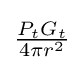
{\textstyle {{P_{t}G_{t}} \over {4\pi r^{2}}}}